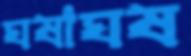
ঘষাঘষ